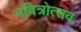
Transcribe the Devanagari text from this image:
पवित्रोत्सव